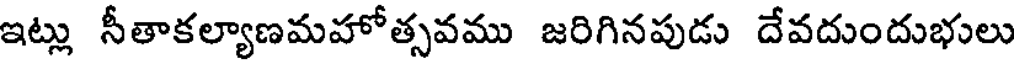
ఇట్లు సీతాకల్యాణమహోత్సవము జరిగినపుడు దేవదుందుభులు